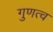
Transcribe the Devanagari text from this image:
गुणत्व